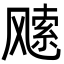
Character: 𩙭